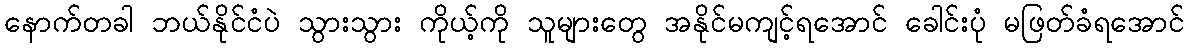
နောက်တခါ ဘယ်နိုင်ငံပဲ သွားသွား ကိုယ့်ကို သူများတွေ အနိုင်မကျင့်ရအောင် ခေါင်းပုံ မဖြတ်ခံရအောင်